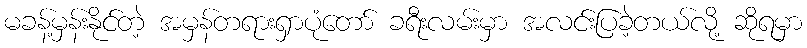
မခန့်မှန်းနိုင်တဲ့ အမှန်တရားရှာပုံတော် ခရီးလမ်းမှာ အလင်းပြခဲ့တယ်လို့ ဆိုရမှာ